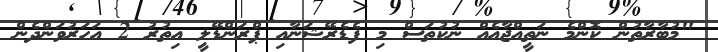
"މުބާރާތުން ކޮންމެ ނަތީއްޖާއެއް ނުކުތަސް މި ފެޑެރޭޝަނާއި ޕްރަންޑޭލީ އިތުރު 2 އަހަރުވަންދެން